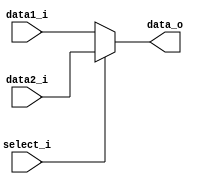
module MUX5(
    data1_i    ,
    data2_i    ,
    select_i   ,
    data_o     
);

input [31:0] data1_i;
input [31:0] data2_i;
input select_i;
output reg [31:0] data_o;

always @(data1_i or data2_i or select_i) begin
	if (select_i == 1'b0) begin
		data_o <= data1_i;
	end
	else begin
		data_o <= data2_i;
	end
end

endmodule